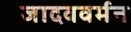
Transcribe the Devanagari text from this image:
जादववर्मन